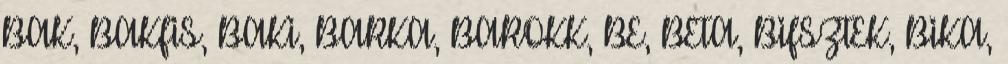
BAK, BAKFIS, BAKI, BARKA, BAROKK, BE, BETA, BIFSZTEK, BIKA,